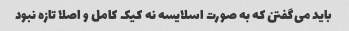
باید می‌گفتن که به صورت اسلایسه نه کیک کامل و اصلا تازه نبود